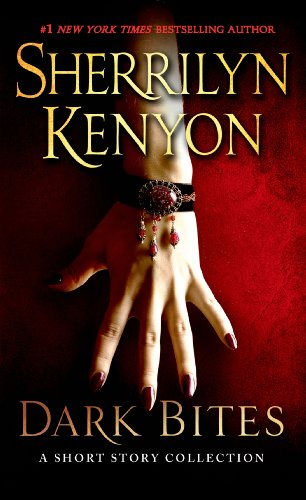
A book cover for Dark Bites: A Short Story Collection (Dark-Hunter Novels); Sherrilyn Kenyon; Science Fiction & Fantasy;